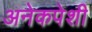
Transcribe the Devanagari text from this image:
अनेकपेशी